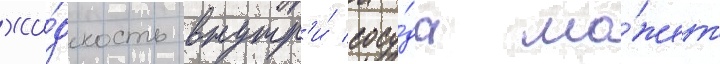
жи́дкость внутр'и́ сосу́да мо́жет